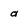
Character: a